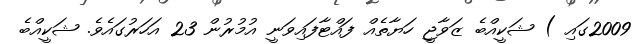
2009ގައި ) ޝަކީއްބެ ޒަވާޖީ ހަޔާތެއް ފައްޓާފައިވަނީ އުމުރުން 23 އަހަރުގައެވެ. ޝަކީއްބެ